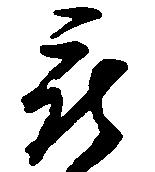
被